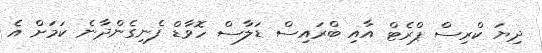
ދިޔަ ކްރިސް ޕްރެޓް އާއި ބްރައިސް ޑަލާސް ހޮވާޑް ފެނިގެންދާނެ ކަމަށް އެ